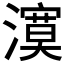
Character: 𭳉